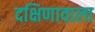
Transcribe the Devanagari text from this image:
दक्षिणावाला